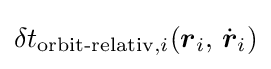
\displaystyle \delta t_{{\text{orbit-relativ}},i}({\boldsymbol {r}}_{i},\,{\dot {\boldsymbol {r}}}_{i})